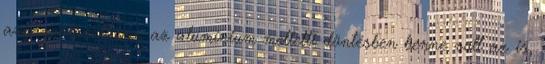
anyagválasztásra, az alumínium melletti döntésben benne volt az is,